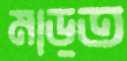
মাড়ত